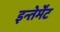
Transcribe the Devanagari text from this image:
इन्तेर्मेंट